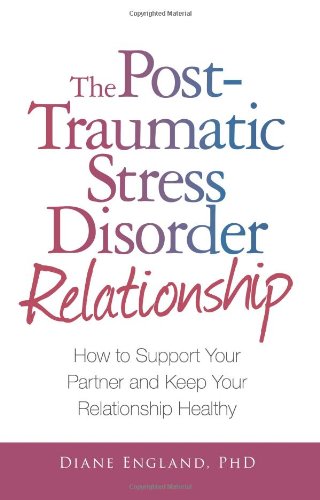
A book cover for The Post Traumatic Stress Disorder Relationship: How to Support Your Partner and Keep Your Relationship Healthy; Diane England; Self-Help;